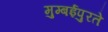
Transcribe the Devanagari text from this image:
मुम्बईपुरते